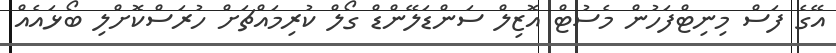
އޭގެ ފަސް މިނިޓްފަހުން މެސުޓް އޮޒިލް ސަންޑަލޭންޑް ގޯލް ކުރިމައްޗަށް ހުރަސްކޮށްލި ބޯޅައެއް